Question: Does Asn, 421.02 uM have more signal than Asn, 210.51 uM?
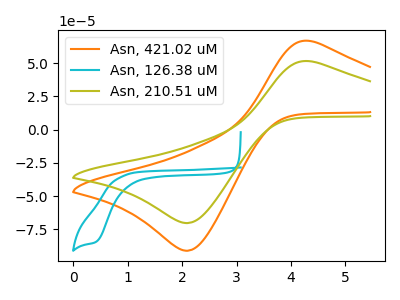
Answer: <think>The orange curve "Asn, 421.02 uM" has an anodic peak at (4.35V, 66.65uA) and a cathodic peak at (2.10V, -91.15uA). The cyan curve "Asn, 126.38 uM" has a cathodic peak at: (0.45V, -84.25uA). The olive curve "Asn, 210.51 uM" has an anodic peak at (4.35V, 51.40uA) and a cathodic peak at (2.10V, -70.35uA).
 All the peaks in "Asn, 421.02 uM" have a peak in "Asn, 210.51 uM" at the same potential. Every peak in "Asn, 421.02 uM" is higher than every peak in "Asn, 210.51 uM".</think>
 <answer>"Asn, 421.02 uM" has more signal than "Asn, 210.51 uM".</answer>
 <eval>more_signal</eval>